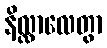
နိလ္လာလေတွာ